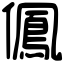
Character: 𠏵